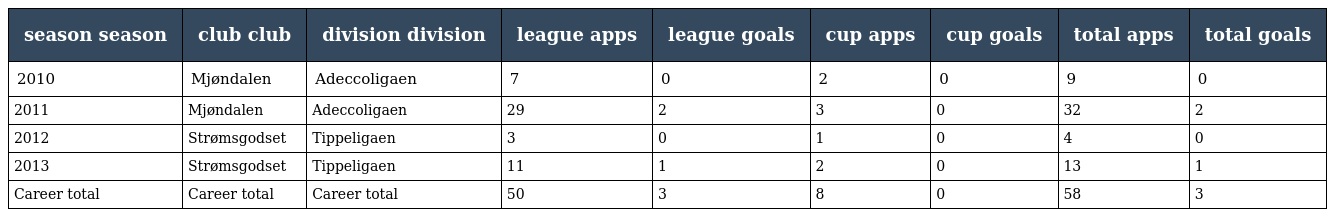
| season season | club club | division division | league apps | league goals | cup apps | cup goals | total apps | total goals |
 | --- | --- | --- | --- | --- | --- | --- | --- | --- |
 | 2010 | Mjøndalen | Adeccoligaen | 7 | 0 | 2 | 0 | 9 | 0 |
 | 2011 | Mjøndalen | Adeccoligaen | 29 | 2 | 3 | 0 | 32 | 2 |
 | 2012 | Strømsgodset | Tippeligaen | 3 | 0 | 1 | 0 | 4 | 0 |
 | 2013 | Strømsgodset | Tippeligaen | 11 | 1 | 2 | 0 | 13 | 1 |
 | Career total | Career total | Career total | 50 | 3 | 8 | 0 | 58 | 3 |